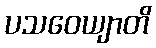
ပသဝေယျာတိ